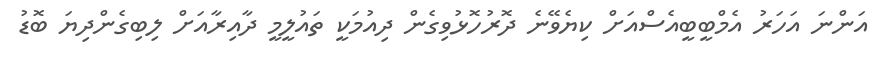
އަންނަ އަހަރު އެމްބީބީއެސްއަށް ކިޔެވޭނެ ދޮރުހޮޅުވިގެން ދިއުމަކީ ތައުލީމީ ދާއިރާއަށް ލިބިގެންދިޔަ ބޮޑު